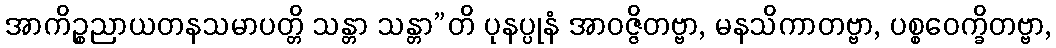
အာကိဉ္စညာယတနသမာပတ္တိ သန္တာ သန္တာ”တိ ပုနပ္ပုနံ အာဝဇ္ဇိတဗ္ဗာ, မနသိကာတဗ္ဗာ, ပစ္စဝေက္ခိတဗ္ဗာ,